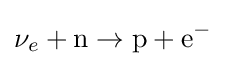
\nu _{e}+\mathrm {n} \rightarrow \mathrm {p} +\mathrm {e} ^{-}